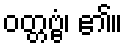
ဝတ္တဗ္ဗံ၊ ၏။